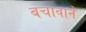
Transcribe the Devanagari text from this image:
बचावाने